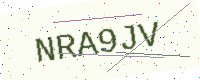
Text: NRA9JV